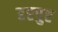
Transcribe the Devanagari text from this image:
हष्टपुष्ट